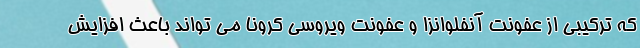
که ترکیبی از عفونت آنفلوانزا و عفونت ویروسی کرونا می تواند باعث افزایش